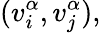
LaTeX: (v_{i}^{\alpha},v_{j}^{\alpha}),